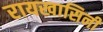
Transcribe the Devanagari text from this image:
रायखासिनी